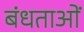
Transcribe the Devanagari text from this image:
बंधताओं